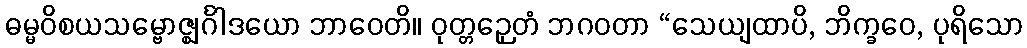
ဓမ္မဝိစယသမ္ဗောဇ္ဈင်္ဂါဒယော ဘာဝေတိ။ ဝုတ္တဉှေတံ ဘဂဝတာ “သေယျထာပိ, ဘိက္ခဝေ, ပုရိသော